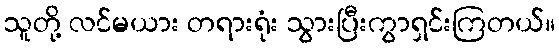
သူတို့ လင်မယား တရားရုံး သွားပြီးကွာရှင်းကြတယ်။